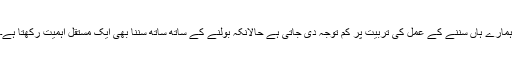
ہمارے ہاں سننے کے عمل کی تربیت پر کم توجہ دی جاتی ہے حالانکہ بولنے کے ساتھ ساتھ سننا بھی ایک مستقل اہمیت رکھتا ہے۔